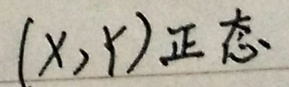
(X,Y)正态